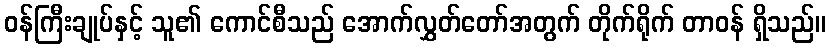
ဝန်ကြီးချုပ်နှင့် သူ၏ ကောင်စီသည် အောက်လွှတ်တော်အတွက် တိုက်ရိုက် တာဝန် ရှိသည်။